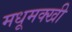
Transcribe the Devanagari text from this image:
मधूमक्खी